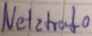
Text: Netztrafo